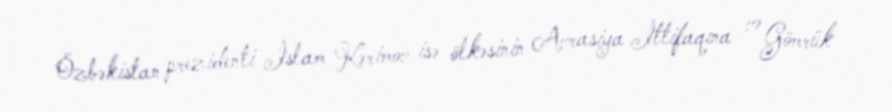
Özbəkistan prezidenti İslam Kərimov isə ölkəsinin Avrasiya İttifaqına və Gömrük